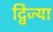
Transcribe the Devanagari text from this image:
द्विज्या